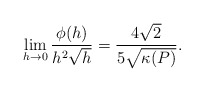
\begin{align*} \begin{aligned} \lim_{h\rightarrow0}\frac{\phi(h)}{h^2\sqrt{h}}=\frac{4\sqrt{2}}{5\sqrt{\kappa(P)}}. \end{aligned} \end{align*}